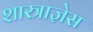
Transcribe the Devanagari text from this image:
शास्त्राज्ञेस